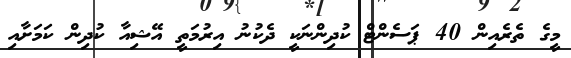
މީގެ ތެރެއިން 40 ޕަސެންޓް ކުދިންނަކީ ދެކުނު އިރުމަތީ އޭޝިއާ ކުދިން ކަމަށާއި